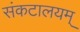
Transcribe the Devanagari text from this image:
संकटालयम्